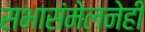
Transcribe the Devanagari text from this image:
सभासंमेलनेही